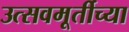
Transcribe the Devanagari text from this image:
उत्सवमूर्तीच्या